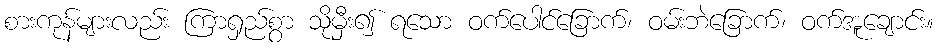
စားကုန်များလည်း ကြာရှည်စွာ သိုမှီး၍ ရသော ဝက်ပေါင်ခြောက်၊ ဝမ်းဘဲခြောက်၊ ဝက်အူချောင်း။